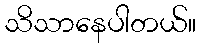
သိသာနေပါတယ်။